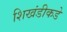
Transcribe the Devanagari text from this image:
शिखंडीकडे